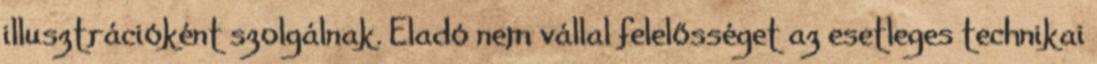
illusztrációként szolgálnak. Eladó nem vállal felelősséget az esetleges technikai